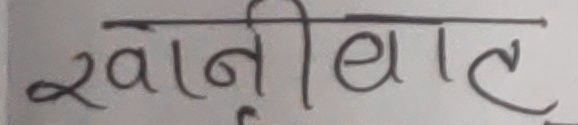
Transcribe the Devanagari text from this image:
खोनीबात